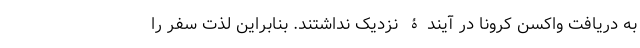
به دریافت واکسن کرونا در آیندۀ نزدیک نداشتند. بنابراین لذت سفر را